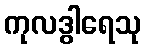
ကုလဒွါရေသု